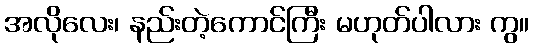
အလိုလေး၊ နည်းတဲ့ကောင်ကြီး မဟုတ်ပါလား ကွ။